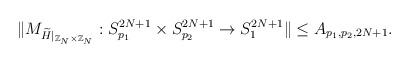
LaTeX: \begin{align*}\Vert M_{\widetilde{ H}\vert_{\mathbb{Z}_N \times \mathbb{Z}_N}}: S_{p_1}^{2N+1} \times S_{p_2}^{2N+1} \rightarrow S_{1}^{2N+1} \Vert\leq A_{p_1, p_2,2N+1}.\end{align*}